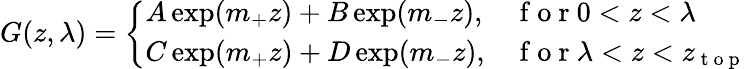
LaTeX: G(z,\lambda)=\left\{ \begin{array}{ll}{A\exp(m_{+}z)+B\exp(m_{-}z),}&{\mathrm{~f~o~r~}0<z<\lambda}\\ {C\exp(m_{+}z)+D\exp(m_{-}z),}&{\mathrm{~f~o~r~}\lambda<z<z_{\mathrm{~t~o~p~}}}\end{array}\right.